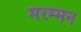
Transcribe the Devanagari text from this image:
मरम्मन